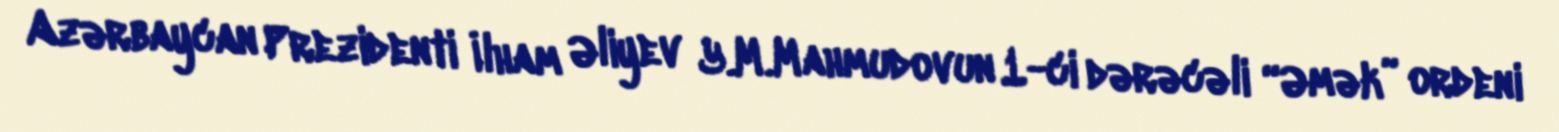
Azərbaycan Prezidenti İlham Əliyev Y.M.Mahmudovun 1-ci dərəcəli “Əmək” ordeni